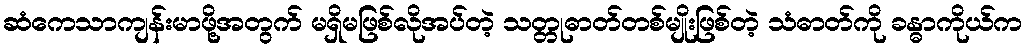
ဆံကေသာကျန်းမာဖို့အတွက် မရှိမဖြစ်လိုအပ်တဲ့ သတ္တုဓာတ်တစ်မျိုးဖြစ်တဲ့ သံဓာတ်ကို ခန္ဓာကိုယ်က